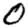
Digit: 0